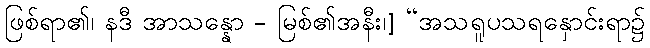
ဖြစ်ရာ၏၊ နဒီ အာသန္နော - မြစ်၏အနီး၊] “အသရူပသရနှောင်းရာ၌